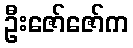
ဦးဇော်ဇော်က